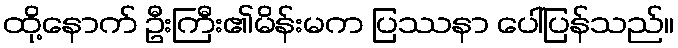
ထို့နောက် ဦးကြီး၏မိန်းမက ပြဿနာ ပေါ်ပြန်သည်။